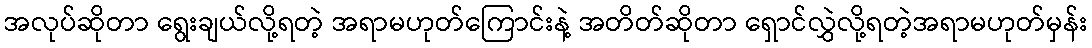
အလုပ်ဆိုတာ ရွေးချယ်လို့ရတဲ့ အရာမဟုတ်ကြောင်းနဲ့ အတိတ်ဆိုတာ ရှောင်လွှဲလို့ရတဲ့အရာမဟုတ်မှန်း